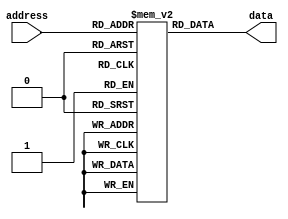
module rom (
    input wire [address_width-1:0] address,
    output reg [data_width-1:0] data
);

parameter address_width = 4; // Number of address bits
parameter data_width = 8; // Number of data bits

reg [data_width-1:0] memory [0:15]; // Array of memory blocks with 16 elements

initial begin
    // Initialize memory blocks with fixed data patterns
    memory[0] = 8'b00000000;
    memory[1] = 8'b00000001;
    memory[2] = 8'b00000010;
    memory[3] = 8'b00000011;
    // Add more memory block initializations as needed
end

always @(*) begin
    // Read data from memory array based on the provided address
    data = memory[address];
end

endmodule